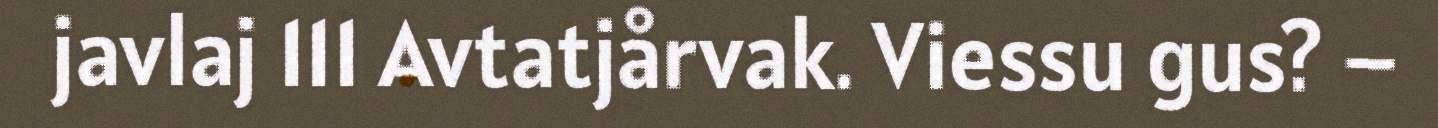
javlaj 111 Avtatjårvak. Viessu gus? –